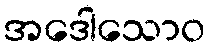
အဒေါသောဝ